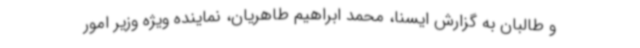
و طالبان به گزارش ایسنا، محمد ابراهیم طاهریان، نماینده ویژه وزیر امور